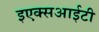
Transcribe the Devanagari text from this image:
इएक्सआईटी